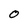
Character: O